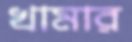
খামার